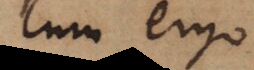
Cum ergo